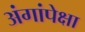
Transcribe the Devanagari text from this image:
अंगांपेक्षा